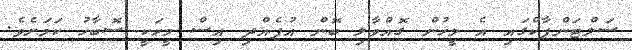
ސަލްޓަންޕާކްގައި އެ މީހުން ގޮއްވާލި ބޮން އުފެއްދި އިސް މީހަކީ ސޮބާހު ކަމަށެވެ.